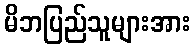
မိဘပြည်သူများအား